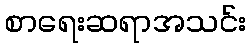
စာရေးဆရာအသင်း